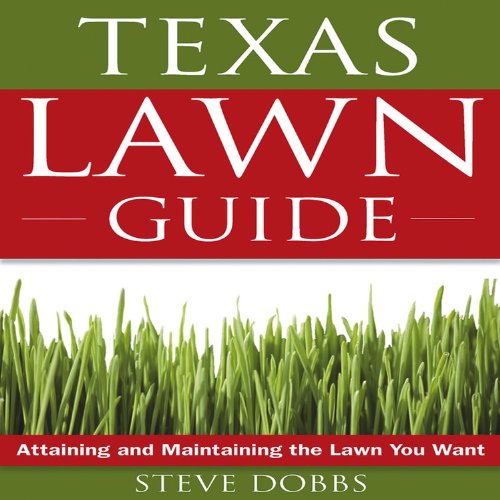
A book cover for Texas Lawn Guide: Attaining and Maintaining the Lawn You Want (Guide to Midwest and Southern Lawns); Steve Dobbs; Crafts, Hobbies & Home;